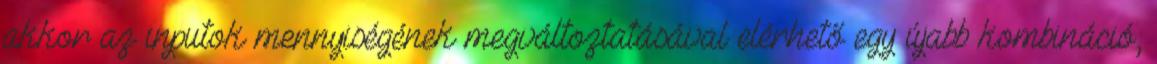
akkor az inputok mennyiségének megváltoztatásával elérhető egy újabb kombináció,